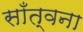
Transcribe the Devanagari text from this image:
साँत्वना